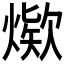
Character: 𰟖